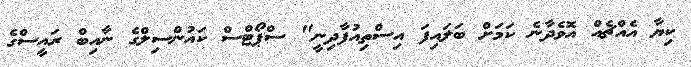
ކިޔާ އެއްޗެއް އޮވެދާނެ ކަމަށް ބަލައިފަ އިސްތިއުފާދިނީ" ސްޕޯޓްސް ކައުންސިލްގެ ނާއިބް ރައީސްގެ